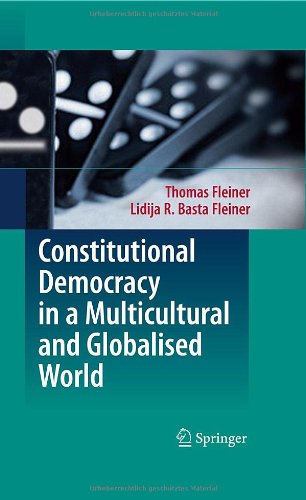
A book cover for Constitutional Democracy in a Multicultural and Globalised World; Thomas Fleiner; Law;